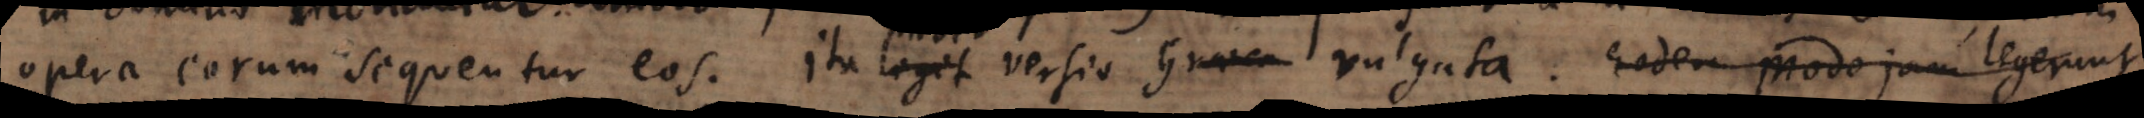
opera eorum sequentur eos. Ita leget versio Graeca vulgata. Eodem modo jam legerunt